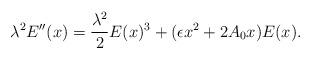
LaTeX: \begin{align*} \lambda^2 E''(x)=\frac{\lambda^2}{2}E(x)^3+(\epsilon x^2+2A_0x)E(x).\end{align*}